Leprosy in India: report of the Leprosy Commission in India, 1890-91
Year: 1890
Disease focus: Leprosy
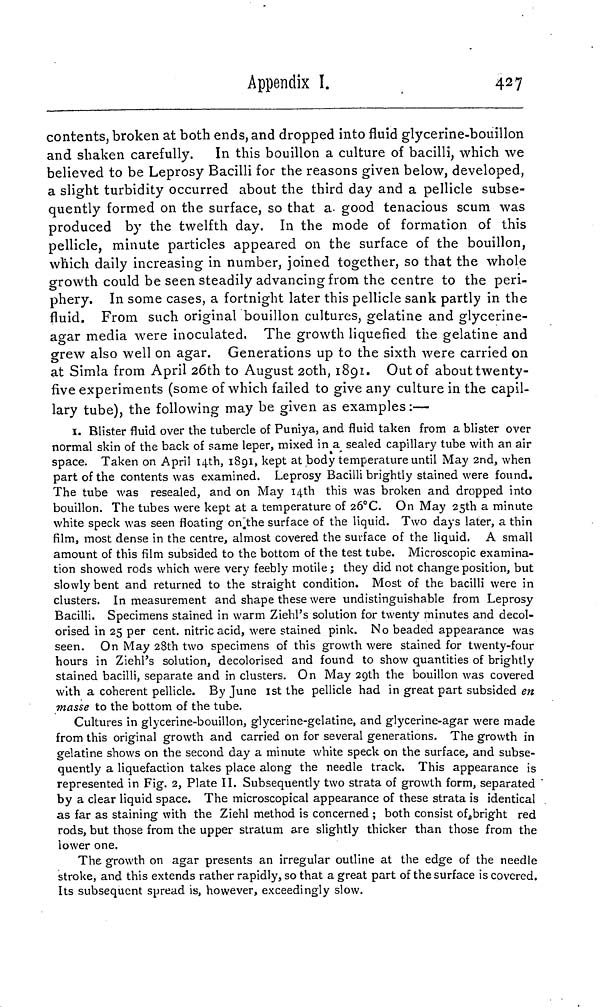
Appendix I.
427
contents, broken at both ends, and dropped into fluid glycerine-bouillon
and shaken carefully.
In this bouillon a culture of bacilli, which we
believed to be Leprosy Bacilli for the reasons given below, developed,
a slight turbidity occurred about the third day and a pellicle subse-
quently formed on the surface, so that a ge ne r
a t
i
on good tenacious scum was
produced by the twelfth day. In the mode of formation of this
pellicle, minute particles appeared on the surface of the bouillon,
which daily increasing in number, joined together, so that the whole
growth could be seen steadily advancing from the centre to the peri-
phery. In some cases, a fortnight later this pellicle sank partly in the
fluid. From such original bouillon cultures, gelatine and glycerine-
agar media were inoculated. The growth liquefied the gelatine and
grew also well on agar. Generations up to the sixth were carried on
at Simla from April 26th to August 20th, 1891. Out of about twenty-
five experiments (some of which failed to give any culture in the capil-
lary tube), the following may be given as examples :—
1. Blister fluid over the tubercle of Puniya, and fluid taken from a blister over
normal skin of the back of same leper, mixed in a sealed capillary tube with an air
space. Taken on April 14th, 1891, kept at body temperature until May 2nd, when
part of the contents was examined. Leprosy Bacilli brightly stained were found.
The tube was resealed, and on May 14th this was broken and dropped into
bouillon. The tubes were kept at a temperature of 26°C. On May 25th a minute
white speck was seen floating on the surface of the liquid. Two days later, a thin
film, most dense in the centre, almost covered the surface of the liquid. A small
amount of this film subsided to the bottom of the test tube. Microscopic examina-
tion showed rods which were very feebly motile ; they did not change position, but
slowly bent and returned to the straight condition. Most of the bacilli were in
clusters. In measurement and shape these were undistinguishable from Leprosy
Bacilli. Specimens stained in warm Ziehl's solution for twenty minutes and decol-
orised in 25 per cent. nitric acid, were stained pink. No beaded appearance was
seen. On May 28th two specimens of this growth were stained for twenty-four
hours in Ziehl's solution, decolorised and found to show quantities of brightly
stained bacilli, separate and in clusters. On May 29th the bouillon was covered
with a coherent pellicle. By June 1st the pellicle had in great part subsided en
masse to the bottom of the tube.
Cultures in glycerine-bouillon, glycerine-gelatine, and glycerine-agar were made
from this original growth and carried on for several generations. The growth in
gelatine shows on the second day a minute white speck on the surface, and subse-
quently a liquefaction takes place along the needle track. This appearance is
represented in Fig. 2, Plate II. Subsequently two strata of growth form, separated "
by a clear liquid space. The microscopical appearance of these strata is identical
as far as staining with the Ziehl method is concerned ; both consist of bright red
rods, but those from the upper stratum are slightly thicker than those from the
lower one.
The growth on agar presents an irregular outline at the edge of the needle
stroke, and this extends rather rapidly, so that a great part of the surface is covered.
Its subsequent spread is, however, exceedingly slow.